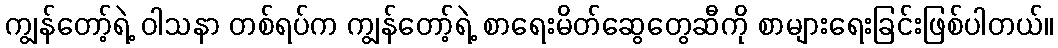
ကျွန်တော့်ရဲ့ ဝါသနာ တစ်ရပ်က ကျွန်တော့်ရဲ့ စာရေးမိတ်ဆွေတွေဆီကို စာများရေးခြင်းဖြစ်ပါတယ်။